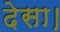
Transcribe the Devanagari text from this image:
देसा।